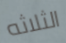
الثلاثه